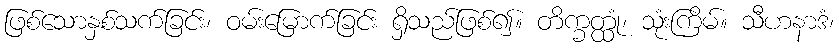
ဖြစ်သောနှစ်သက်ခြင်း၊ ဝမ်းမြောက်ခြင်း ရှိသည်ဖြစ်၍။ တိက္ခတ္ထုံ၊ သုံးကြိမ်။ သီဟနာဒံ၊